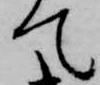
て